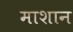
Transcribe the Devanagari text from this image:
माशान